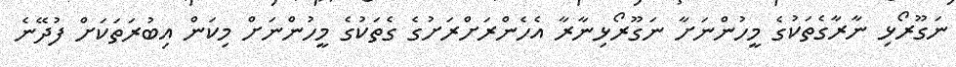
ނަގޫރޯޅި ނާރާގެތަކުގެ މީހުންނަށާ ނަގޫރޯޅިނާރާ އެހެންރަށްރަށުގެ ގެތަކުގެ މީހުންނަށް މިކަން އިބުރަތަކަށް ފުދޭނެ